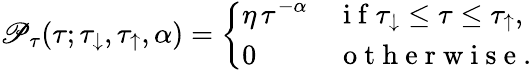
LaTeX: \mathscr{P}_{\tau}(\tau;\tau_{\downarrow},\tau_{\uparrow},\alpha)=\left\{ \begin{array}{ll}{\displaystyle\eta\, \tau^{-\alpha}}&{\mathrm{~i~f~}\tau_{\downarrow}\leq\tau\leq\tau_{\uparrow},}\\ {0}&{\mathrm{~o~t~h~e~r~w~i~s~e~}.}\end{array}\right.